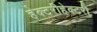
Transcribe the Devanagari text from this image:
हेक्टरीहेक्टरी